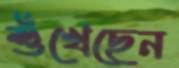
শুঁখেছেন